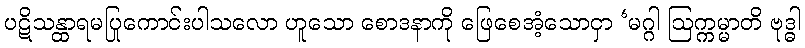
ပဋိသန္ထာရမပြုကောင်းပါသလော ဟူသော စောဒနာကို ဖြေစေအံ့သောငှာ ‘မဂ္ဂါ ဩက္ကမ္မာတိ ဗုဒ္ဓါ